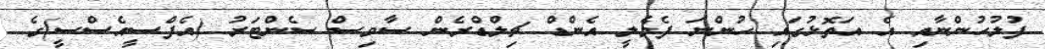
ފުލުހުންނާއި އެ އަތޮޅުގައި ހުންނަ ފެމެލީ އެންޑް ޗިލްޑްރެން ސާވިސް ސެންޓަރު (އެފްސީއެސްސީ)ގެ